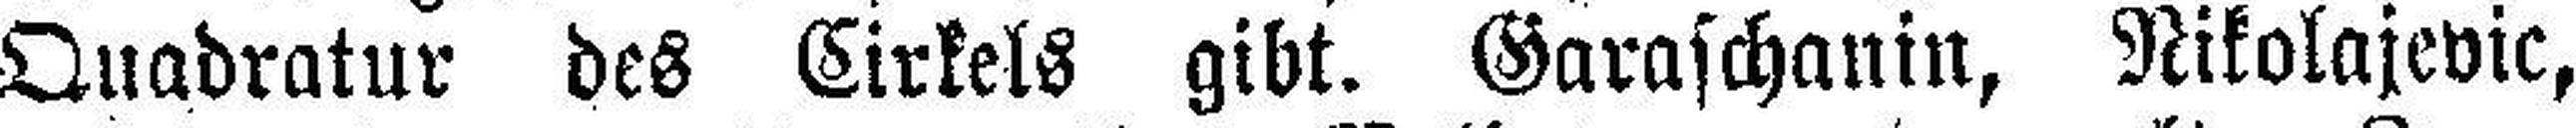
Quadratur des Cirkels gibt. Garaschanin, Nikolajevic,